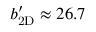
\ensuremath { b _ { \mathrm { 2 D } } ^ { \prime } } \approx 2 6 . 7